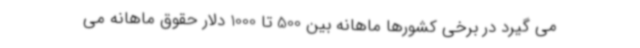
می گیرد در برخی کشورها ماهانه بین 500 تا 1000 دلار حقوق ماهانه می